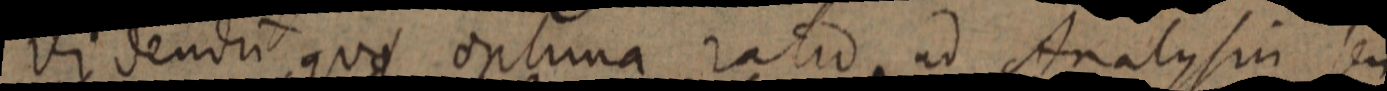
videndum quae optima ratio ad Analysin seu